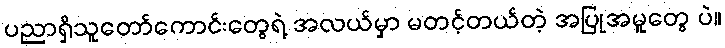
ပညာရှိသူတော်ကောင်းတွေရဲ့ အလယ်မှာ မတင့်တယ်တဲ့ အပြုအမူတွေ ပဲ။